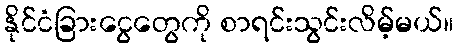
နိုင်ငံခြားငွေတွေကို စာရင်းသွင်းလိမ့်မယ်။